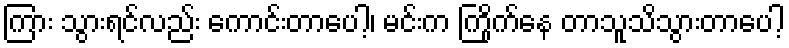
ကြား သွားရင်လည်း ကောင်းတာပေါ့၊ မင်းက ကြိုက်နေ တာသူသိသွားတာပေါ့